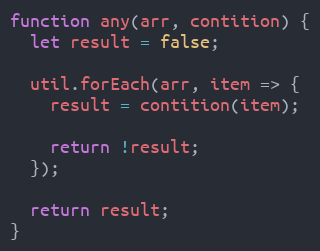
Language: JavaScript
function any(arr, contition) {
  let result = false;

  util.forEach(arr, item => {
    result = contition(item);

    return !result;
  });

  return result;
}